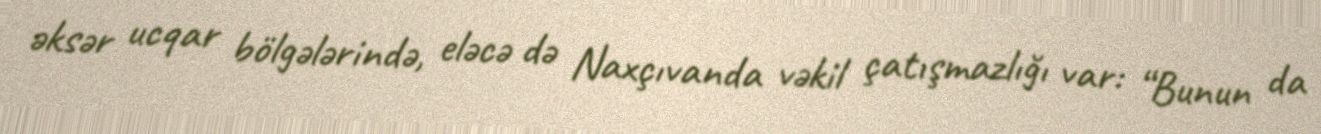
əksər ucqar bölgələrində, eləcə də Naxçıvanda vəkil çatışmazlığı var: “Bunun da